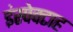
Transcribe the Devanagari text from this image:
इंस्पेक्टाह